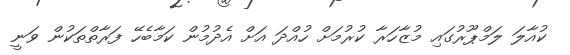
ކުއާލަ ލަމްޕޫރުގައި މުޒާހަރާ ކުރުމަށް ހުއްދަ އަށް އެދުމުން ކަމާބެހޭ ފަރާތްތަކުން ވަނީ